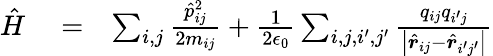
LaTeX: \begin{array}{rlr}{\hat{H}}&{{}=}&{\sum_{i,j}\frac{\hat{p}_{ij}^{2}}{2m_{ij}}+\frac{1}{2\epsilon_{0}}\sum_{i,j,i^{\prime},j^{\prime}}\frac{q_{ij}q_{i^{\prime}j}}{\left|\hat{\boldsymbol r}_{ij}-\hat{\boldsymbol r}_{i^{\prime}j^{\prime}}\right|}}\end{array}